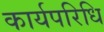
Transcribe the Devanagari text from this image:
कार्यपरिधि